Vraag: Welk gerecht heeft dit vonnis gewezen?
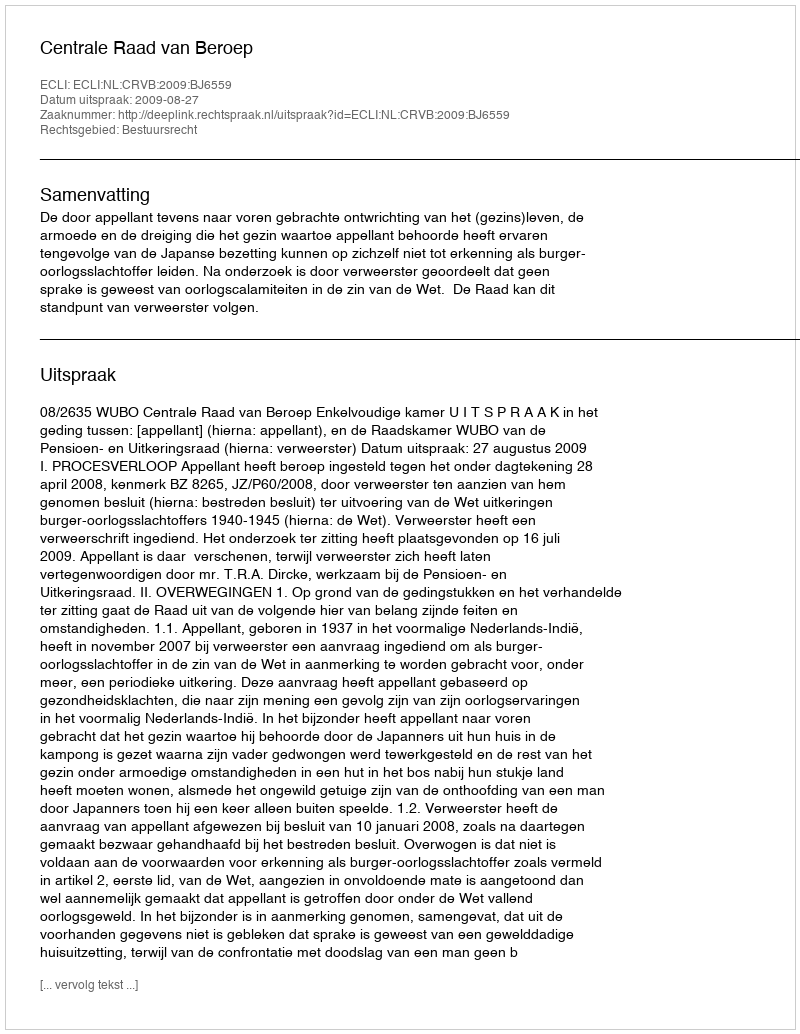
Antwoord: Centrale Raad van Beroep